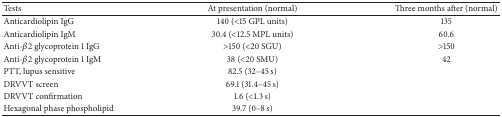
<table><thead><tr><td><b>Tests</b></td><td><b>At presentation (normal)</b></td><td><b>Three months after (normal)</b></td></tr></thead><tbody><tr><td>Anticardiolipin IgG</td><td>140 (&lt;15 GPL units)</td><td>135</td></tr><tr><td>Anticardiolipin IgM</td><td>30.4 (&lt;12.5 MPL units)</td><td>60.6</td></tr><tr><td>Anti-<i>β</i>2 glycoprotein 1 IgG</td><td>&gt;150 (&lt;20 SGU)</td><td>&gt;150</td></tr><tr><td>Anti-<i>β</i>2 glycoprotein 1 IgM</td><td>38 (&lt;20 SMU)</td><td>42</td></tr><tr><td>PTT, lupus sensitive</td><td>82.5 (32–45 s)</td><td> </td></tr><tr><td>DRVVT screen</td><td>69.1 (31.4–45 s)</td><td> </td></tr><tr><td>DRVVT confirmation</td><td>1.6 (&lt;1.3 s)</td><td> </td></tr><tr><td>Hexagonal phase phospholipid</td><td>39.7 (0–8 s)</td><td> </td></tr></tbody></table>